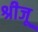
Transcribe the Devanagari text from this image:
श्रीजू